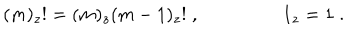
LaTeX: ( m ) _ { z } ! = ( m ) _ { z } ( m - 1 ) _ { z } ! \; , \; 1 _ { z } = 1 \; . \; \;